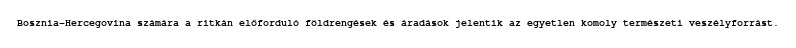
Bosznia-Hercegovina számára a ritkán előforduló földrengések és áradások jelentik az egyetlen komoly természeti veszélyforrást.